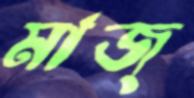
মাজ্‌